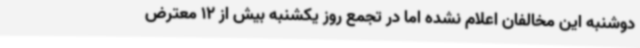
دوشنبه این مخالفان اعلام نشده اما در تجمع روز یکشنبه بیش از 12 معترض